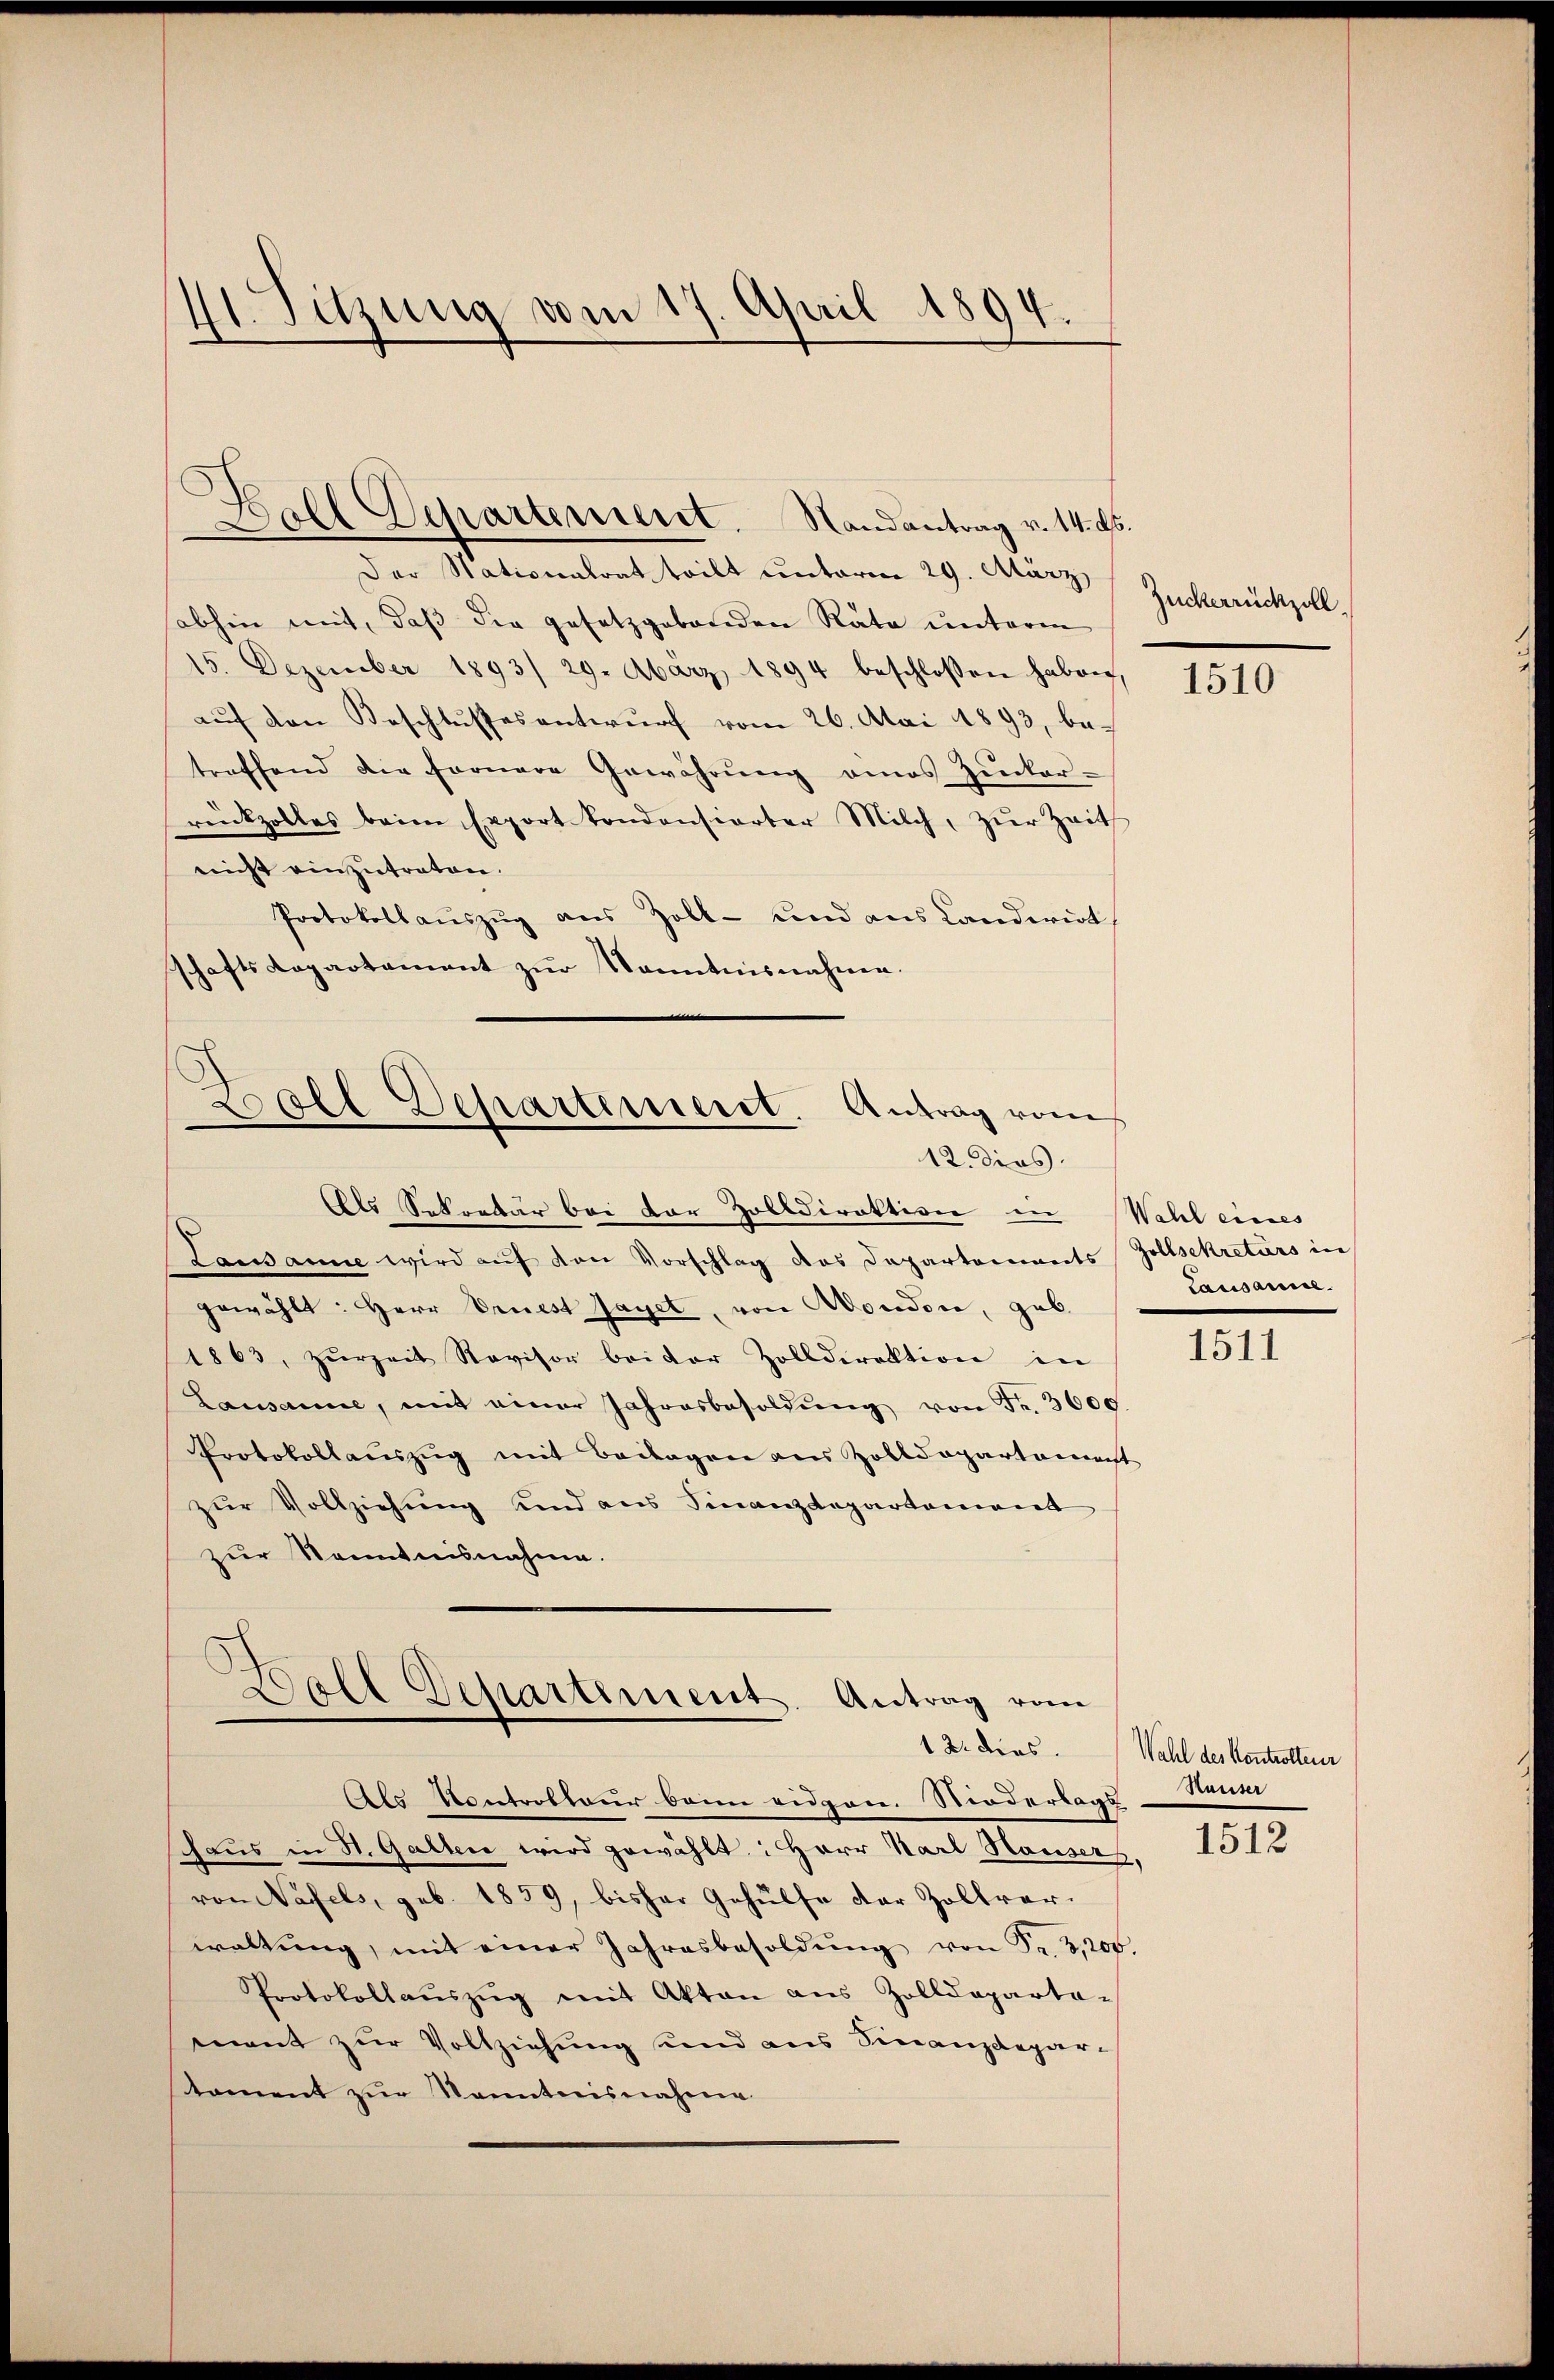
41. Sitzung vom 17. April 1894.

Ball Departement. Randantrag v. 14. ds.
.

Der Stationalrat teilt unterm 29. März
abhin mit, daß die gesetzgebenden Räte unterm
15. Dezember 1893/ 29. März 1894 beschlossen haben,
aŭf den Beschlussesentwurf vom 26. Mai 1893, betreffend die fernere Gewährŭng eines Zucker-
rückzolles beim Export kondansierter Milch, zŭr Zeit
nicht einzutreten.
Protokollauszug aus Zoll- und aus Landerirt
schaftsdepartament zur Kenntnisnahme.

Ball Departement. Antrag vom
12. dies

Als Sekretär bei der Zolldirektion in Wahl eines
Lausanne wird aŭf von Vorschlag das Departements Zollsekretärs in
gewählt: Herr Ernest Jaget, von Mondon, geb.
1863, zŭrzeit Revisor beider Zolldirektion in
Lausanne, mit einer Jahresbesoldŭng von Fr. 3600
Protokollauszug mit Beilagen aus Zolldepartament
zur Vollziehung und aus Finanzdepartement
zur Kenntnisnahme.
)
Fall Dessartiment. Antrag vom

Zuckerrückzoll.

Als Kontrottour beim eidgen. Niedertags
schaus in St. Gallen wird gewählt: Herr Karl Hauserz,
von Näfels, geb. 1859, bisher Gehülfe der Zollverwaltŭng, mit einer Jahresbesoldŭng von Fr. 3200.
Protokollaŭszŭg mit Akten aus Zolldeparta-
ment zur Vollziehung und aus Finanzdeparstament zŭr Kenntnisnahme

1510

Lausanne.

1511

12. dies. Wahl des Kontrotteur
Hauser

1512